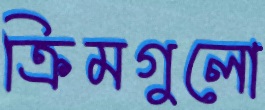
ক্রিমগুলো